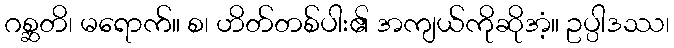
ဂစ္ဆတိ၊ မရောက်။ စ၊ ဟိတ်တစ်ပါး၏ အကျယ်ကိုဆိုအံ့။ ဥပ္ပါဒဿ၊